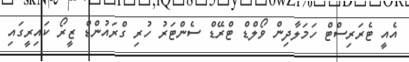
އެއީ ޓެރަރިސްޓް ހަމަލާދިން ވޯލްޑް ޓްރޭޑް ސެންޓަރު ހުރި ގްރައުންޑް ޒީރޯ ކައިރީގައި